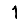
Digit: 1